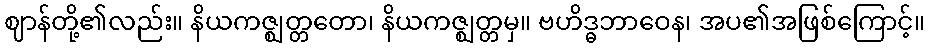
ဈာန်တို့၏လည်း။ နိယကဇ္ဈတ္တတော၊ နိယကဇ္ဈတ္တမှ။ ဗဟိဒ္ဓဘာဝေန၊ အပ၏အဖြစ်ကြောင့်။